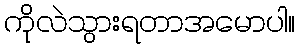
ကိုလဲသွားရတာအမောပါ။